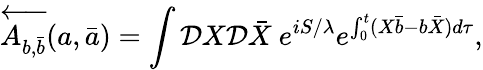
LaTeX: \overleftarrow{A_{b,\bar{b}}}(a,\bar{a})=\int{\cal D}X{\cal D}\bar{X}\ e^{iS/\lambda}e^{\int_{0}^{t}(X\bar{b}-b\bar{X})d\tau},